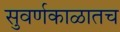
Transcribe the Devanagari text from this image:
सुवर्णकाळातच